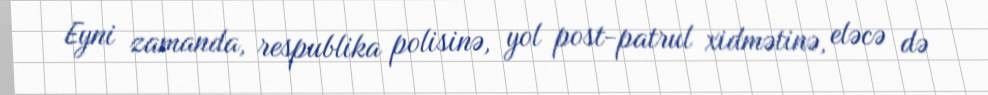
Eyni zamanda, respublika polisinə, yol post-patrul xidmətinə, eləcə də